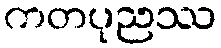
ကတပုညဿ